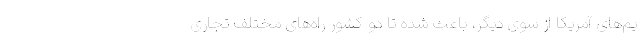
یم‌های آمریکا از سوی دیگر، باعث شده تا دو کشور راه‌های مختلف تجاری